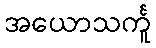
အယောသင်္ကူ